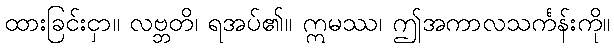
ထားခြင်းငှာ။ လဗ္ဘတိ၊ ရအပ်၏။ ဣမဿ၊ ဤအကာလသင်္ကန်းကို။